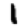
Digit: 1